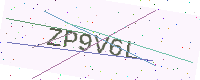
Text: ZP9V6L